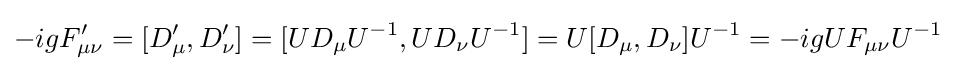
-igF'_{\mu \nu }=[D'_{\mu },D'_{\nu }]=[UD_{\mu }U^{-1},UD_{\nu }U^{-1}]=U[D_{\mu },D_{\nu }]U^{-1}=-igUF_{\mu \nu }U^{-1}